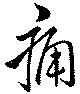
痛